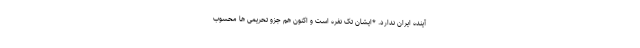
آینده ایران ندارد. *ایشان تک نفره است و اکنون هم جزو تحریمی ها محسوب